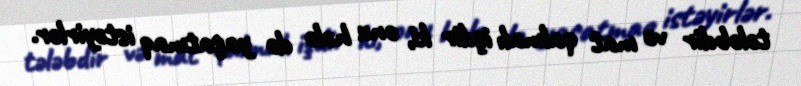
tələbdir və mat qalmalı işdir ki, onu hələ də yaşatmaq istəyirlər.